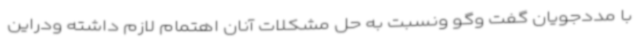
با مددجویان گفت وگو ونسبت به حل مشکلات آنان اهتمام لازم داشته ودراین